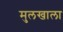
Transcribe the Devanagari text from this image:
मुलखाला